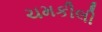
ચમકીલી